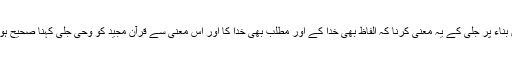
اس بناء پر جلی کے یہ معنی کرنا کہ الفاظ بھی خدا کے اور مطلب بھی خدا کا اور اس معنی سے قرآن مجید کو وحی جلی کہنا صحیح ہوگا۔